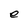
Character: e